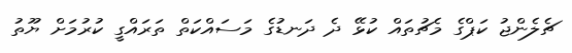
ޗެލެންޖު ކަޕްގެ މެޗުތައް ކުޅޭ ދެ ދަނޑުގެ މަސައްކަތް ތަރައްގީ ކުރުމަށް ޔޫތު